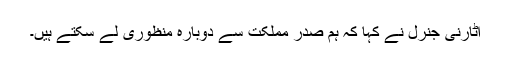
اٹارنی جنرل نے کہا کہ ہم صدر مملکت سے دوبارہ منظوری لے سکتے ہیں۔